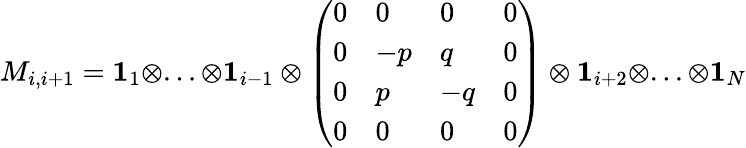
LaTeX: M_{i,i+1}=\mathbf{1}_{1}\otimes...\otimes\mathbf{1}_{i-1}\otimes\left(\begin{array}{llll}{0}&{0}&{0}&{0}\\ {0}&{-p}&{q}&{0}\\ {0}&{p}&{-q}&{0}\\ {0}&{0}&{0}&{0}\end{array}\right)\otimes\mathbf{1}_{i+2}\otimes...\otimes\mathbf{1}_{N}